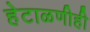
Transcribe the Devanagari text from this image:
हेटाळणीही